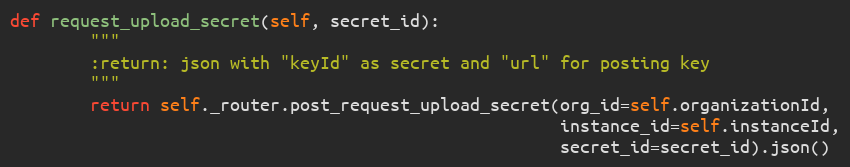
Language: Python
def request_upload_secret(self, secret_id):
        """
        :return: json with "keyId" as secret and "url" for posting key
        """
        return self._router.post_request_upload_secret(org_id=self.organizationId,
                                                       instance_id=self.instanceId,
                                                       secret_id=secret_id).json()